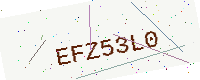
Text: EFZ53L0